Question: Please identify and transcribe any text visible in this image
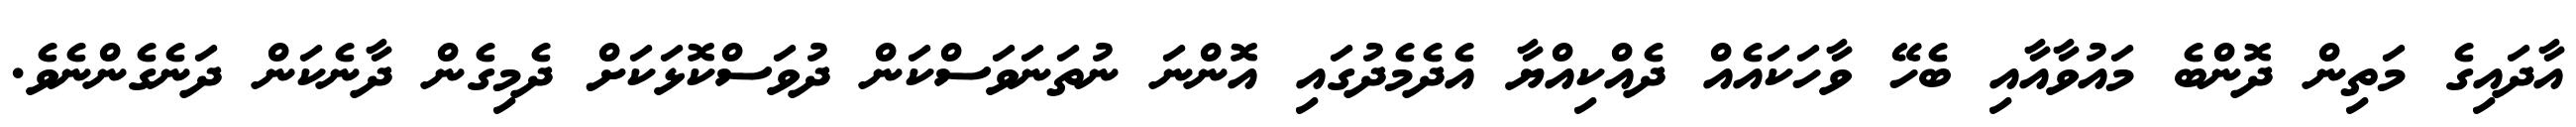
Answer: އާދައިގެ މަތިން ދޮންބެ މައުވާއާއި ބެހޭ ވާހަކައެއް ދެއްކިއްޔާ އެދެމެދުގައި އޮންނަ ނުތަނަވަސްކަން ދުވަސްކޮޅަކަށް ދެމިގެން ދާނެކަން ދަނެގެންނެވެ.